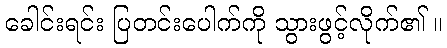
ခေါင်းရင်း ပြတင်းပေါက်ကို သွားဖွင့်လိုက်၏ ။